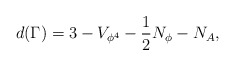
\begin{align*}d(\Gamma)=3-V_{\phi^4}-\frac{1}{2}N_\phi-N_A,\end{align*}